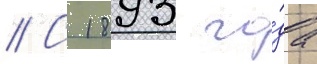
// С 1893 го́да